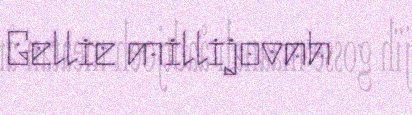
Gellie millijovnh